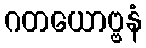
ဂတယောဗ္ဗနံ